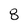
Character: 8